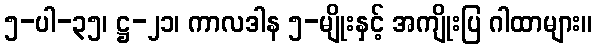
၅-ပါ-၃၅၊ ဋ္ဌ-၂၁၊ ကာလဒါန ၅-မျိုးနှင့် အကျိုးပြ ဂါထာများ။